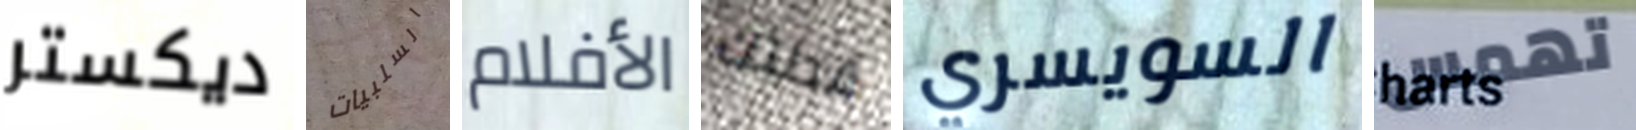
ديكستر السلبيات الأفلام قطتك السويسري تهمس